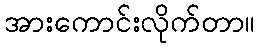
အားကောင်းလိုက်တာ။